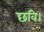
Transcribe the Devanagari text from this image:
छवि।